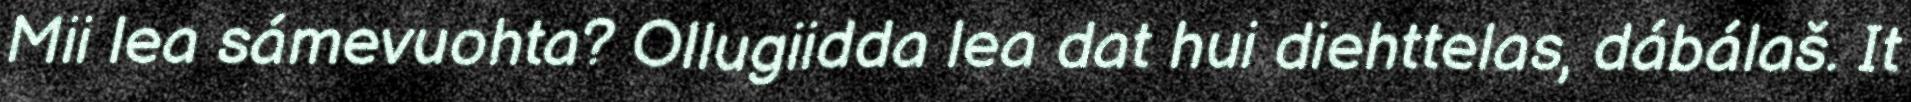
Mii lea sámevuohta? Ollugiidda lea dat hui diehttelas, dábálaš. It